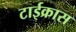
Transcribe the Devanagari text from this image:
टाईक्रास